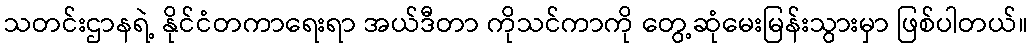
သတင်းဌာနရဲ့ နိုင်ငံတကာရေးရာ အယ်ဒီတာ ကိုသင်ကာကို တွေ့ဆုံမေးမြန်းသွားမှာ ဖြစ်ပါတယ်။